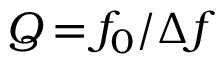
Q \, { = } \, f _ { 0 } / \Delta f